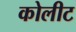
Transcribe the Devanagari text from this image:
कोलीट